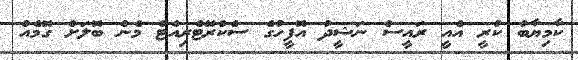
ކާމިޔާބު ކުރީ އެއީ ރައީސް ނަޝީދު އޮފީހުގެ ސެކްރޭޓެރިއެޓް މެން ބޮލަށް ގޮމެއް